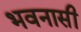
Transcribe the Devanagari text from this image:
भवनासी